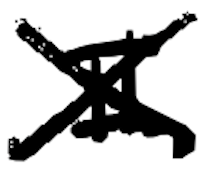
Text: II
Cross-out: cross
Writing tool: digital_black